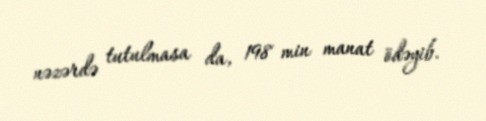
nəzərdə tutulmasa da, 198 min manat ödəyib.